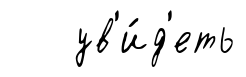
ув'и́д'еть